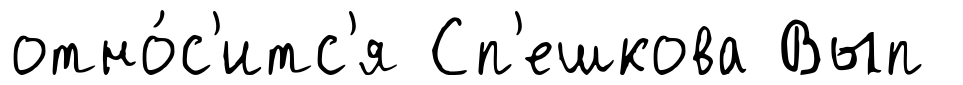
отно́с'итс'я Сп'ешкова Вып